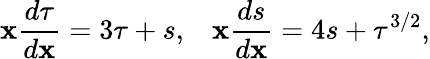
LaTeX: \mathbf{x}\frac{{d\tau}}{{d\mathbf{x}}}=3\tau+s,\; \; \; \mathbf{x}\frac{{ds}}{{d\mathbf{x}}}=4s+\tau^{3/2},